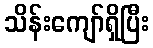
သိန်းကျော်ရှိပြီး